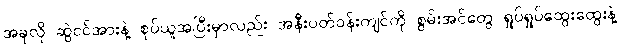
အခုလို ဆွဲငင်အားနဲ့ စုပ်ယူအပြီးမှာလည်း အနီးပတ်ဝန်းကျင်ကို စွမ်းအင်တွေ ရှုပ်ရှုပ်ထွေးထွေးနဲ့